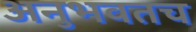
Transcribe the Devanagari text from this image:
अनुभवतच